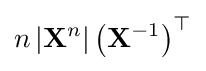
n\left|\mathbf {X} ^{n}\right|\left(\mathbf {X} ^{-1}\right)^{\top }